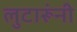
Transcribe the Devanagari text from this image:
लुटारूंनी